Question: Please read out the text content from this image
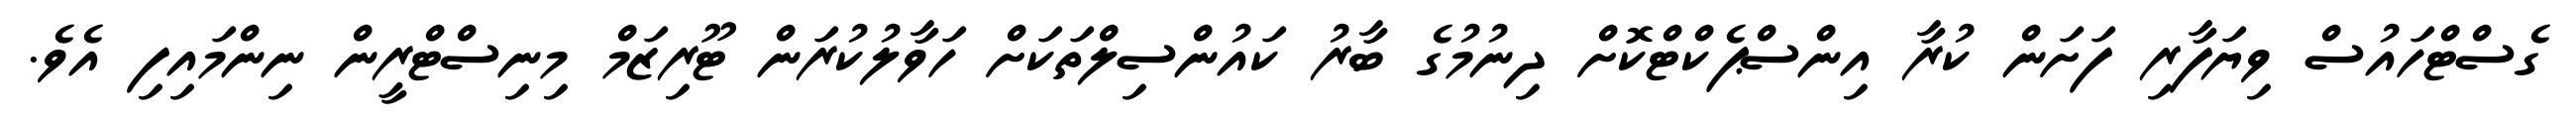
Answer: ގެސްޓްހައުސް ވިޔަފާރި ފަށަން ކުރާ އިންސްޕެކްޓްކޮށް ދިނުމުގެ ބާރު ކައުންސިލްތަކަށް ހަވާލުކުރަން ޓޫރިޒަމް މިނިސްޓްރީން ނިންމައިފި އެވެ.